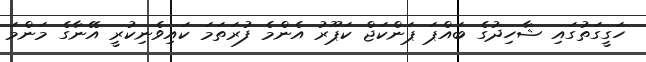
ހަގީގަތުގައި ޝާހިދުގެ ބައްޕަ ޕަންކަޖް ކަޕޫރު އެންމެ ފުރަތަމަ ކައިވެނިކުރީ އޭނާގެ މަންމަ